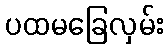
ပထမခြေလှမ်း